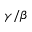
\gamma / \beta